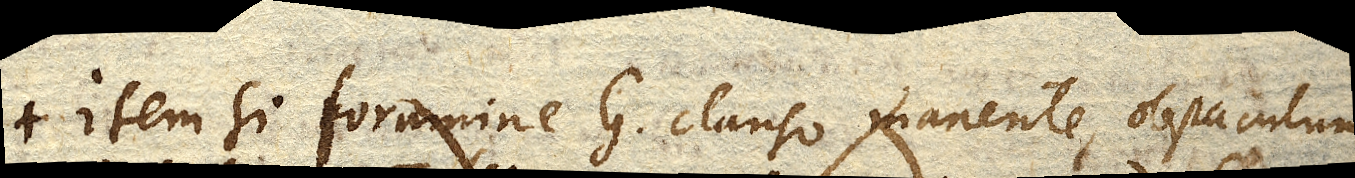
Item si foramine G. clauso manente, obstaculum